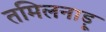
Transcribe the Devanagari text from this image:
तमिलनाड़ू